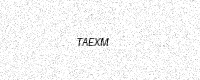
Text: TAEXM